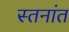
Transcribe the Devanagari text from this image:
स्तनांत